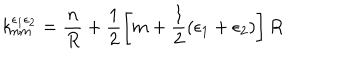
LaTeX: k _ { n m } ^ { \epsilon _ { 1 } \epsilon _ { 2 } } = \frac { n } { R } + \frac { 1 } { 2 } \left[ m + \frac { 1 } { 2 } ( \epsilon _ { 1 } + \epsilon _ { 2 } ) \right] R